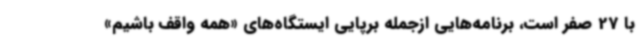
با 27 صفر است، برنامه‌هایی ازجمله برپایی ایستگاه‌های «همه واقف باشیم»